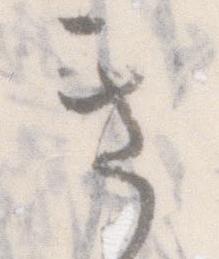
き